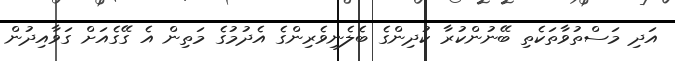
އަދި މަސްތުވާތަކެތި ބޭނުންކުރާ ކުދިންގެ ބެލެނިވެރިންގެ އެދުމުގެ މަތިން އެ ގޭގެއަށް ގަވާއިދުން